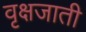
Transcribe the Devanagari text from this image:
वृक्षजाती